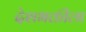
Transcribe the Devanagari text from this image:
देशभक्तीला